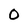
Character: O